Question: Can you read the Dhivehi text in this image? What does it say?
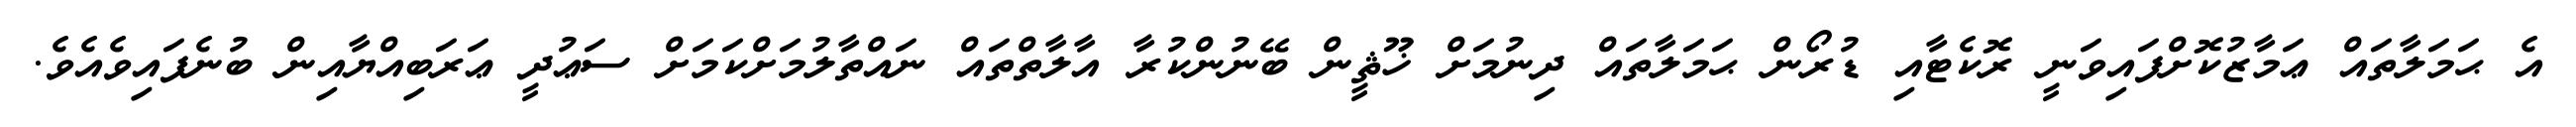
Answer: އެ ޙަމަލާތައް ޢަމާޒުކޮށްފައިވަނީ ރޮކެޓާއި ޑުރޯން ޙަމަލާތައް ދިނުމަށް ޚޫޘީން ބޭނުންކުރާ އާލާތްތައް ނައްތާލުމަށްކަމަށް ސަޢުދީ ޢަރަބިއްޔާއިން ބުނެފައިވެއެވެ.